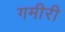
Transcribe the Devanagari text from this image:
गमीरी